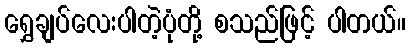
ရွှေချပ်လေးပါတဲ့ပုံတို့ စသည်ဖြင့် ပါတယ်။